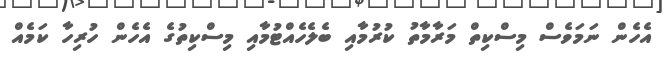
އެހެން ނަމަވެސް މިސްކިތް މަރާމާތު ކުރުމާއި ބެލެހެއްޓުމާއި މިސްކިތުގެ އެހެން ހުރިހާ ކަމެއް